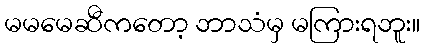
မမမေဆီကတော့ ဘာသံမှ မကြားရဘူး။